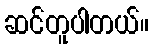
ဆင်တူပါတယ်။